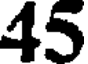
45